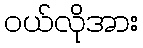
ဝယ်လိုအား